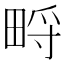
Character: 㽟